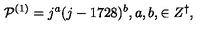
{ \cal P } ^ { ( 1 ) } = j ^ { a } ( j - 1 7 2 8 ) ^ { b } , a , b , \in Z ^ { \dagger } ,